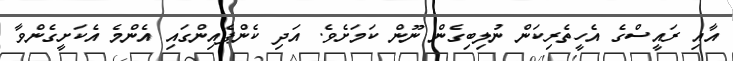
އާއި ރައީސްގެ އެހީތެރިކަން ނުލިބިގެން ނޫން ކަމަށެވެ. އަދި ކެންޕެއިންގައި އެންމެ އެކަށީގެންވާ